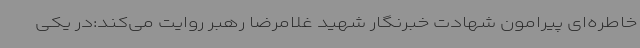
خاطره‌ای پیرامون شهادت خبرنگار شهید غلامرضا رهبر روایت می‌کند:در یکی